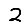
Digit: 2